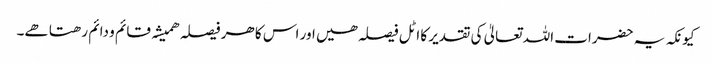
کیونکہ یہ حضرات اللہ تعالیٰ کی تقدیر کا اٹل فیصلہ ھیں اور اس کا ھر فیصلہ ھمیشہ قائم و دائم رھتا ھے۔